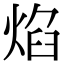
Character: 焰